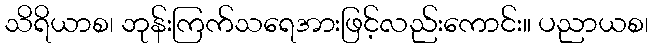
သိရိယာစ၊ ဘုန်းကြက်သရေအားဖြင့်လည်းကောင်း။ ပညာယစ၊